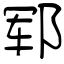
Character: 郓